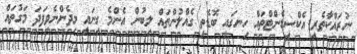
ނުރައްކާތެރި އެކްސިޑެންޓްތައް ހިނގައި ބޮޑެތި ގެއްލުންތައް ލިބުން އެންމެ ގިނައީ މިދެންނެވިފަދަ މަގުތައް